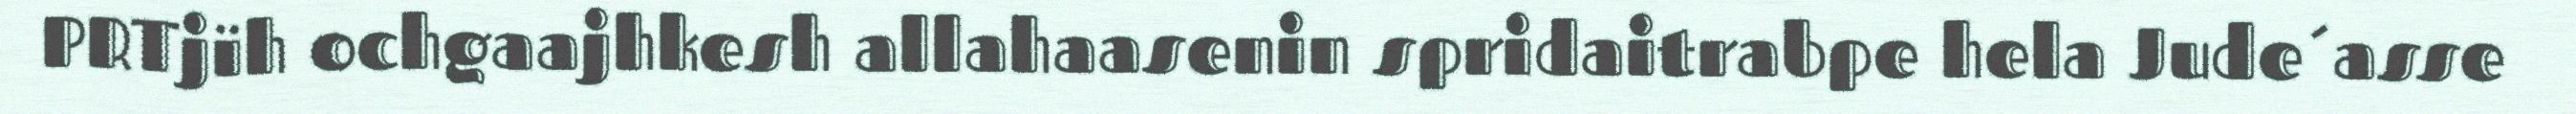
PRTjïh ochgaajhkesh allahaasenin spridaitrabpe hela Jude´asse